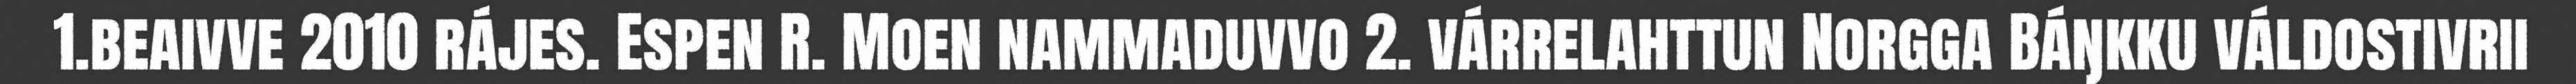
1.beaivve 2010 rájes. Espen R. Moen nammaduvvo 2. várrelahttun Norgga Báŋkku váldostivrii